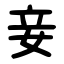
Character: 妾